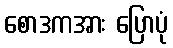
စောဒကအား ပြောပုံ